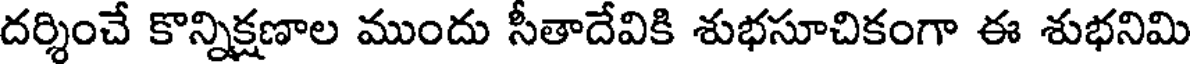
దర్శించే కొన్నిక్షణాల ముందు సీతాదేవికి శుభసూచికంగా ఈ శుభనిమి